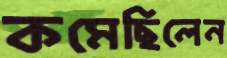
কমেছিলেন